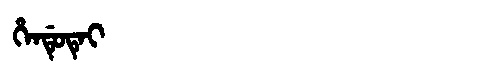
Manchu: ᡥᡝᠨᡩᡠᡨᡝᡳ
Romanization: HENDUTEI